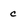
Character: c